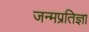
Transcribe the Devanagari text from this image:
जन्मप्रतिज्ञा